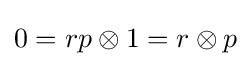
0=rp\otimes 1=r\otimes p